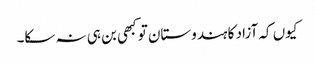
کیوں کہ آزاد کا ہندوستان تو کبھی بن ہی نہ سکا۔